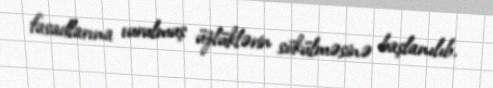
fasadlarına vurulmuş üzlüklərin sökülməsinə başlanılıb.